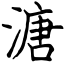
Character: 溏